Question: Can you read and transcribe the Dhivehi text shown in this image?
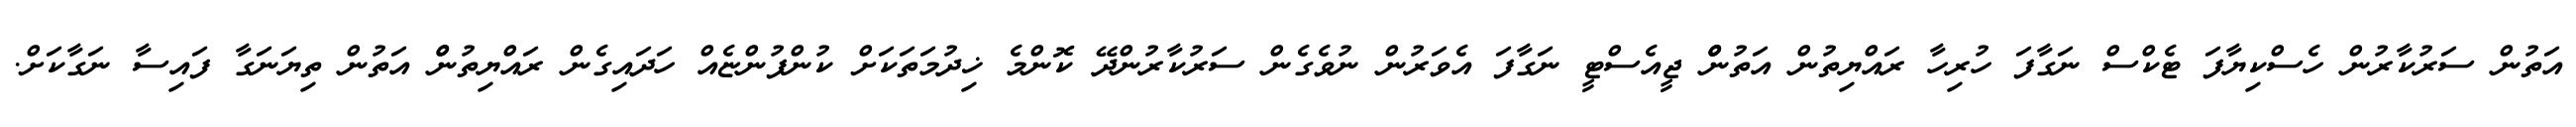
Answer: އަތުން ސަރުކާރުން ހެސްކިޔާފަ ޓެކްސް ނަގާފަ ހުރިހާ ރައްޔިތުން އަތުންްް ޖީއެސްޓީ ނަގާފަ އެވަރުން ނުވެގެން ސަރުކާރުންދޭ ކޮންމެ ޚިދުމަތަކަށް ކުންފުންޏެއް ހަދައިގެން ރައްޔިތުންް އަތުން ތިޔަނަގާ ފައިސާ ނަގާކަށް.